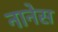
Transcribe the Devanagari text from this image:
नानेस